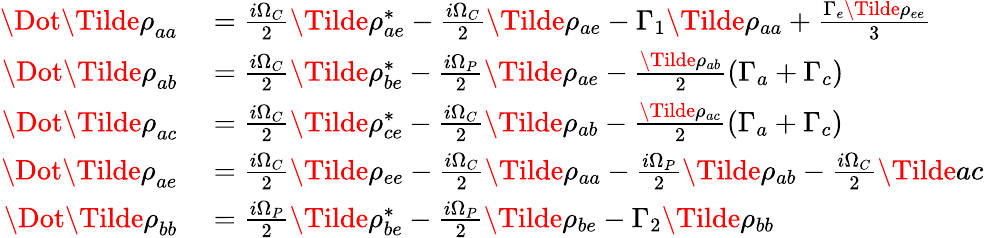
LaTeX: \begin{array}{rl}{\Dot{\Tilde{\rho}}_{aa}}&{{}=\frac{i\Omega_{C}}{2}\Tilde{\rho}_{ae}^{*}-\frac{i\Omega_{C}}{2}\Tilde{\rho}_{ae}-\Gamma_{1}\Tilde{\rho}_{aa}+\frac{\Gamma_{e}\Tilde{\rho}_{ee}}{3}}\\ {\Dot{\Tilde{\rho}}_{ab}}&{{}=\frac{i\Omega_{C}}{2}\Tilde{\rho}_{be}^{*}-\frac{i\Omega_{P}}{2}\Tilde{\rho}_{ae}-\frac{\Tilde{\rho}_{ab}}{2}(\Gamma_{a}+\Gamma_{c})}\\ {\Dot{\Tilde{\rho}}_{ac}}&{{}=\frac{i\Omega_{C}}{2}\Tilde{\rho}_{ce}^{*}-\frac{i\Omega_{C}}{2}\Tilde{\rho}_{ab}-\frac{\Tilde{\rho}_{ac}}{2}(\Gamma_{a}+\Gamma_{c})}\\ {\Dot{\Tilde{\rho}}_{ae}}&{{}=\frac{i\Omega_{C}}{2}\Tilde{\rho}_{ee}-\frac{i\Omega_{C}}{2}\Tilde{\rho}_{aa}-\frac{i\Omega_{P}}{2}\Tilde{\rho}_{ab}-\frac{i\Omega_{C}}{2}\Tilde{ac}}\\ {\Dot{\Tilde{\rho}}_{bb}}&{{}=\frac{i\Omega_{P}}{2}\Tilde{\rho}_{be}^{*}-\frac{i\Omega_{P}}{2}\Tilde{\rho}_{be}-\Gamma_{2}\Tilde{\rho}_{bb}}\end{array}